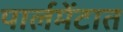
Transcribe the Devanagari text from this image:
पार्लमेंटात